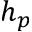
h _ { p }